Indian Medical Review
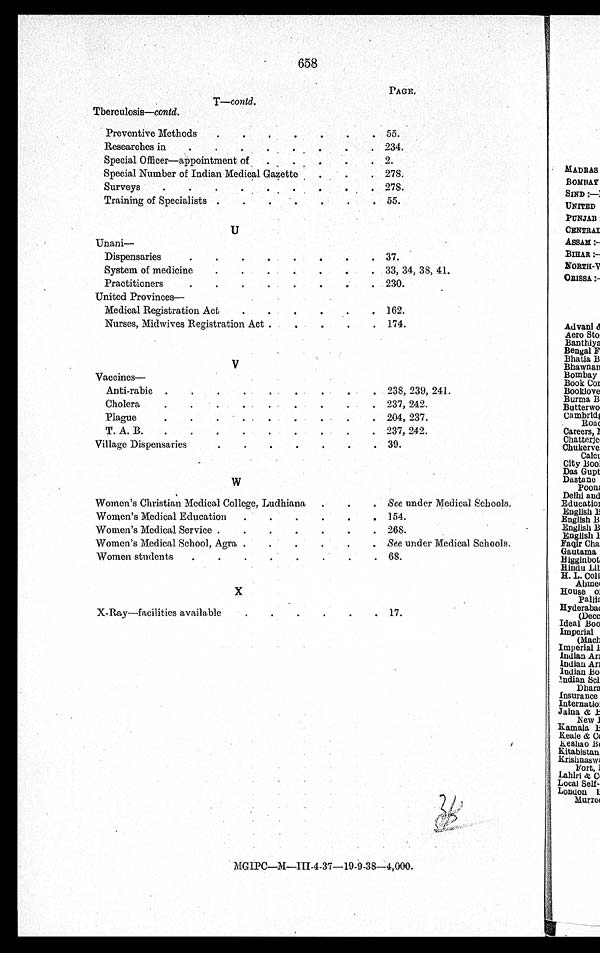
658
PAGE.
T—contd.
Tberculosis—contd.
Preventive Methods . .
. . . . . 55.
Researches in . . . . . . . . 234.
Special Officer—appointment of . . . . . 2.
Special Number of Indian medical Gazette
. . . 278.
Surveys . . . . . . . . . 278.
Training of Specialists . . . . . . . 55.
U
Unani—
Dispensaries
.
.
. . . .
. . 37.
System of medicine . . . . . . . 33, 34, 38, 41.
Practitioners . . . . . . . . 230.
United Provinces—
Medical Registration Act . . . . . . 162.
Nurses, Midwives Registration Act .
. . . . 174.
V
Vaccines—
Anti-rabic . .
. .
. . . . . 238, 239, 241.
Cholera
. . .
.
. . . . . 237, 242.
Plague
. .
. .
. . . . . 204, 237.
T. A. B.
. .
. .
. . . . . 237, 242.
Village Dispensaries .
.
. . . . . 39.
Women's Christian Medical College, Ludhiana . . . See under Medical Schools.
Women's Medical Education .
. . . . . 154.
Women's Medical Service . . . . . . . 268.
Women's Medical School, Agra . . . . . . See under Medical Schools.
Women students . . . . . . . . 68.
X
X-Ray—facilities available . . . . . . 17.
MGIPC—M—III-4-37-19-9-38-4,000.